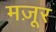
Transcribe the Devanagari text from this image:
मज़ूर